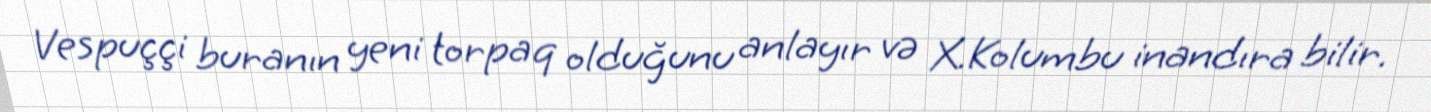
Vespuççi buranın yeni torpaq olduğunu anlayır və X.Kolumbu inandıra bilir.